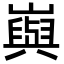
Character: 㠘